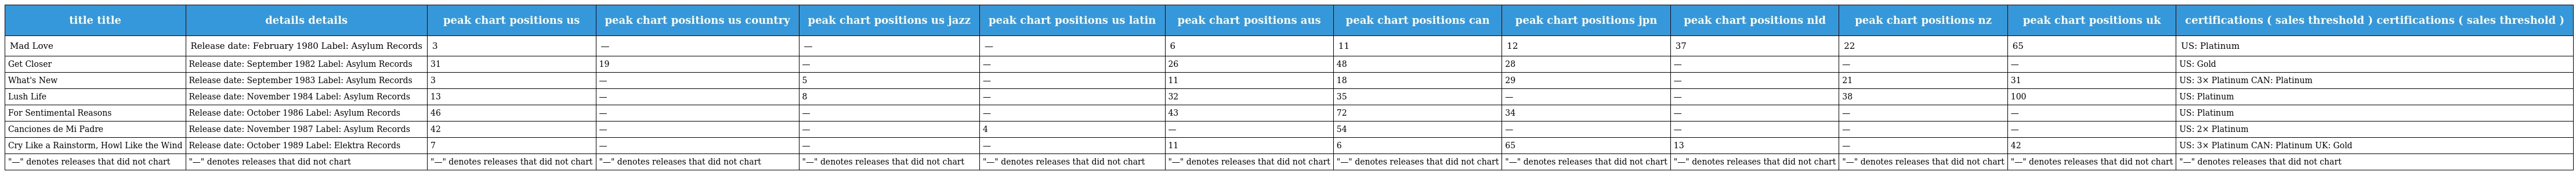
| title title | details details | peak chart positions us | peak chart positions us country | peak chart positions us jazz | peak chart positions us latin | peak chart positions aus | peak chart positions can | peak chart positions jpn | peak chart positions nld | peak chart positions nz | peak chart positions uk | certifications ( sales threshold ) certifications ( sales threshold ) |
 | --- | --- | --- | --- | --- | --- | --- | --- | --- | --- | --- | --- | --- |
 | Mad Love | Release date: February 1980 Label: Asylum Records | 3 | — | — | — | 6 | 11 | 12 | 37 | 22 | 65 | US: Platinum |
 | Get Closer | Release date: September 1982 Label: Asylum Records | 31 | 19 | — | — | 26 | 48 | 28 | — | — | — | US: Gold |
 | What's New | Release date: September 1983 Label: Asylum Records | 3 | — | 5 | — | 11 | 18 | 29 | — | 21 | 31 | US: 3× Platinum CAN: Platinum |
 | Lush Life | Release date: November 1984 Label: Asylum Records | 13 | — | 8 | — | 32 | 35 | — | — | 38 | 100 | US: Platinum |
 | For Sentimental Reasons | Release date: October 1986 Label: Asylum Records | 46 | — | — | — | 43 | 72 | 34 | — | — | — | US: Platinum |
 | Canciones de Mi Padre | Release date: November 1987 Label: Asylum Records | 42 | — | — | 4 | — | 54 | — | — | — | — | US: 2× Platinum |
 | Cry Like a Rainstorm, Howl Like the Wind | Release date: October 1989 Label: Elektra Records | 7 | — | — | — | 11 | 6 | 65 | 13 | — | 42 | US: 3× Platinum CAN: Platinum UK: Gold |
 | "—" denotes releases that did not chart | "—" denotes releases that did not chart | "—" denotes releases that did not chart | "—" denotes releases that did not chart | "—" denotes releases that did not chart | "—" denotes releases that did not chart | "—" denotes releases that did not chart | "—" denotes releases that did not chart | "—" denotes releases that did not chart | "—" denotes releases that did not chart | "—" denotes releases that did not chart | "—" denotes releases that did not chart | "—" denotes releases that did not chart |